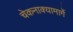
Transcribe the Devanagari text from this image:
चेकनाक्यामार्गे